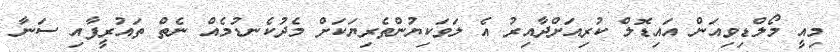
މިއީ މޯލްޑިވިއަން އައިޑޮލް ކުރިއަށްދާއިރު އެ ލަވަކިޔުންތެރިޔަކަށް މެދުކެނޑުމެއް ނެތް ތައުރީފާއި ސަނާ